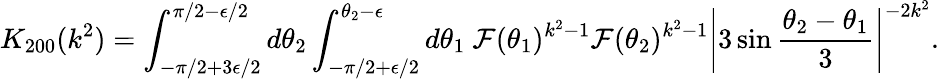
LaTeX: K_{200}(k^{2})=\int_{-\pi/2+3\epsilon/2}^{\pi/2-\epsilon/2}d\theta_{2}\int_{-\pi/2+\epsilon/2}^{\theta_{2}-\epsilon}d\theta_{1}~{\cal F}(\theta_{1})^{k^{2}-1}{\cal F}(\theta_{2})^{k^{2}-1}\left|3\sin\frac{\theta_{2}-\theta_{1}}{3}\right|^{-2k^{2}}.